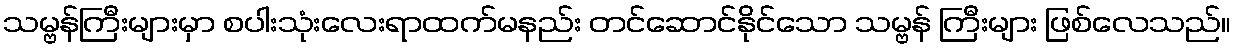
သမ္ဗန်ကြီးများမှာ စပါးသုံးလေးရာထက်မနည်း တင်ဆောင်နိုင်သော သမ္ဗန် ကြီးများ ဖြစ်လေသည်။